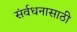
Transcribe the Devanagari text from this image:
संर्वधनासाठी